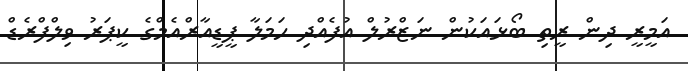
އަމީރީ ދިން ރީތި ބޯޅައަކުން ނަޒްރުލް އުފެއްދި ހަމަލާ ޕީޑީއާރްއެމްގެ ކީޕަރު ވިލްފްރެޑް